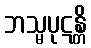
ဘသ္မပုဋန္တိ